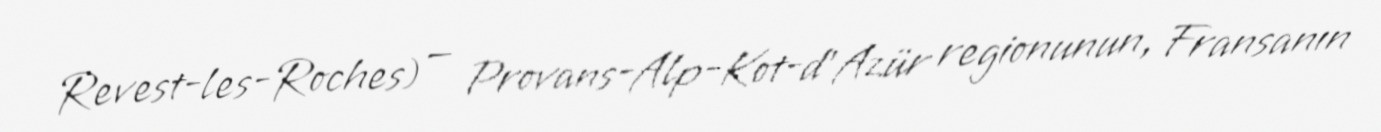
Revest-les-Roches) — Provans-Alp-Kot-d'Azür regionunun, Fransanın